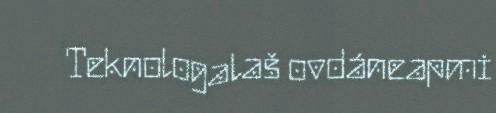
Teknologalaš ovdáneapmi